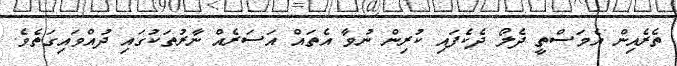
ތެރެއިން އެމަސްތީ ދެލޯ ދެކެފައި ކުރިން ނުވާ އެތައް އަސަރެއް ނާރުތަކުގައި ދުއްވައިގަތެވެ.